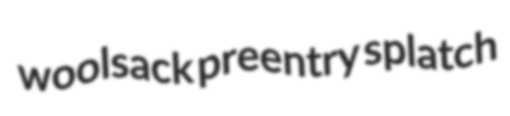
woolsack preentry splatch